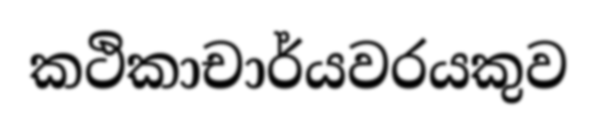
කථිකාචාර්යවරයකුව